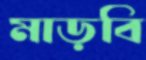
মাড়বি